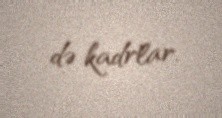
də kadrlar.